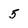
Character: 5